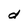
Character: d